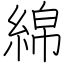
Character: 綿